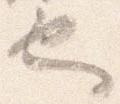
也